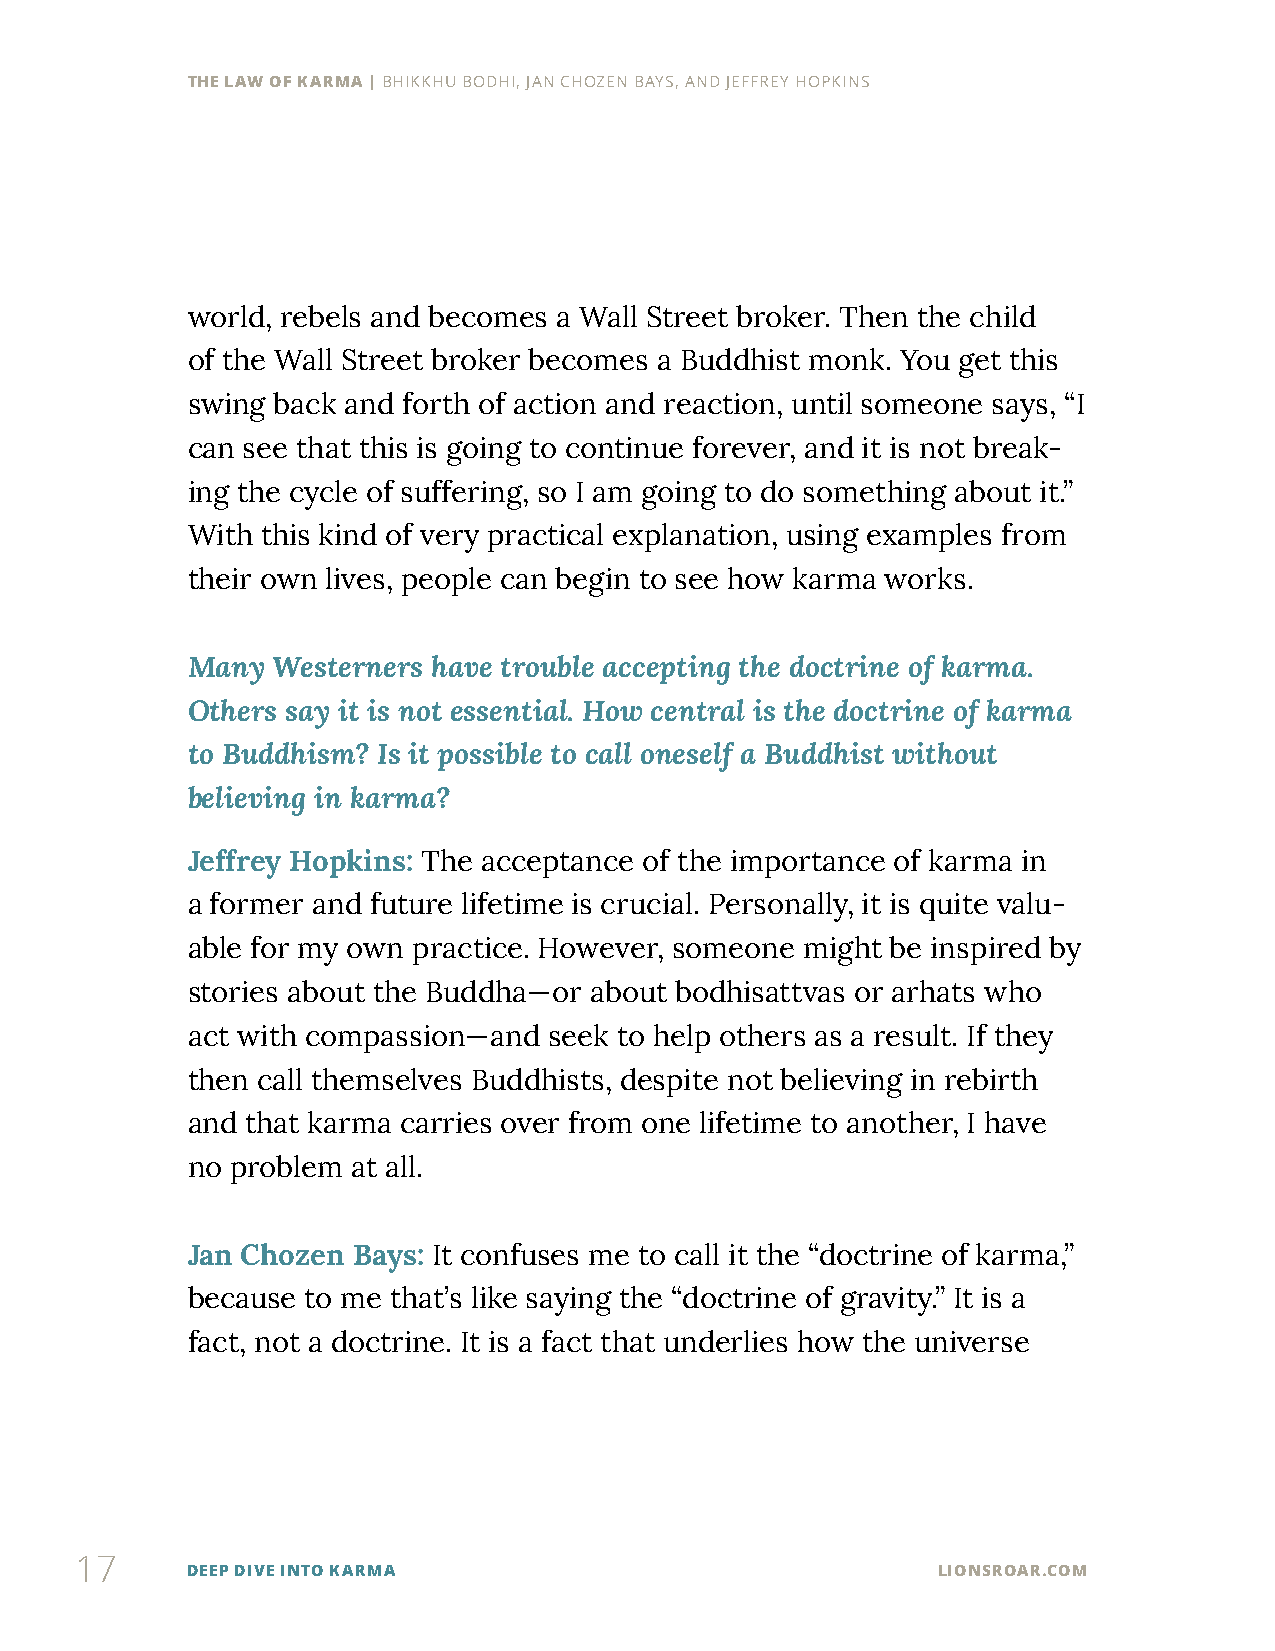
THE LAW OF KARMA | BHIKKHU BODHI, JAN CHOZEN BAYS, AND JEFFREY HOPKINS
 world, rebels and becomes a Wall Street broker. Then the child
 of the Wall Street broker becomes a Buddhist monk. You get this
 swing back and forth of action and reaction, until someone says, “I
 can see that this is going to continue forever, and it is not break-
 ing the cycle of suffering, so I am going to do something about it.”
 With this kind of very practical explanation, using examples from
 their own lives, people can begin to see how karma works.
 Many  Westerners have trouble accepting the doctrine of karma.
 Others say it is not essential. How central is the doctrine of karma
 to Buddhism? Is it possible to call oneself a Buddhist without
 believing in karma?
 Jeffrey Hopkins: The acceptance of the importance of karma in
 a former and future lifetime is crucial. Personally, it is quite valu-
 able for my own practice. However, someone might be inspired by
 stories about the Buddha—or about bodhisattvas or arhats who
 act with compassion—and seek to help others as a result. If they
 then call themselves Buddhists, despite not believing in rebirth
 and that karma carries over from one lifetime to another, I have
 no problem at all.
 Jan Chozen Bays: It confuses me to call it the “doctrine of karma,”
 because to me that’s like saying the “doctrine of gravity.” It is a
 fact, not a doctrine. It is a fact that underlies how the universe
 17
 DEEP DIVE INTO KARMA                              LIONSROAR.COM